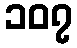
၁၀၇